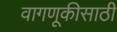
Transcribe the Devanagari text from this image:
वागणूकीसाठी